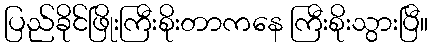
ပြည်ခိုင်ဖြိုးကြီးစိုးတာကနေ ကြီးစိုးသွားပြီ။